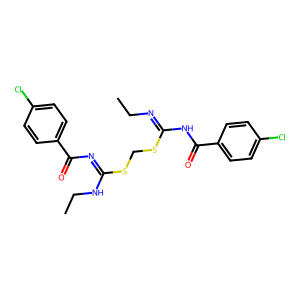
SMILES: CCN=C(NC(=O)c1ccc(Cl)cc1)SCSC(=NC(=O)c1ccc(Cl)cc1)NCC
Inhibits HIV replication: No